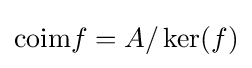
{\text{coim}}f=A/\ker(f)